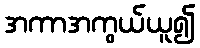
အကာအကွယ်ယူ၍